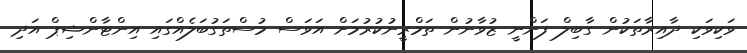
ވަކިވަކި ދާއިރާތަކުން ގާބިލް ފަންނީ ޒުވާނުން ތަމްރީނުކުރުމަށް އަވަސް މުސްތަގުބަލެއްގައި އިންޓާންޝިޕް އަދި